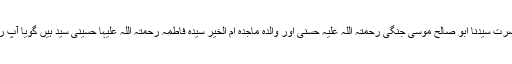
آپ رضی اللہ عنہٗ کے والد ماجد حضرت سیّدنا ابو صالح موسیٰ جنگی رحمتہ اللہ علیہ حسنی اور والدہ ماجدہ اُم الخیر سیّدہ فاطمہ رحمتہ اللہ علیہا حسینی سیّد ہیں گویا آپ رضی اللہ عنہٗ نجیب الطرفین سیّد ہیں۔